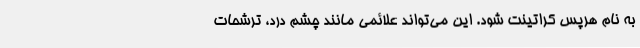
به نام هرپس کراتینت شود. این می‌تواند علائمی مانند چشم درد، ترشحات